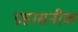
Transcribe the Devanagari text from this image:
प्रशासनीक